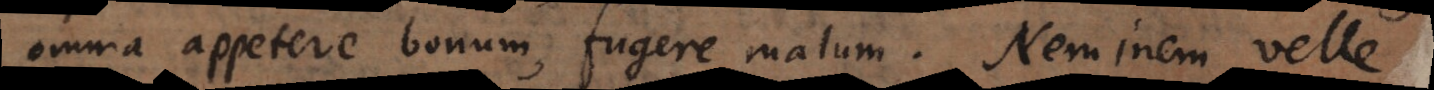
omnia appetere bonum, fugere malum. Neminem velle